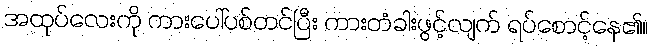
အထုပ်လေးကို ကားပေါ်ပစ်တင်ပြီး ကားတံခါးဖွင့်လျက် ရပ်စောင့်နေ၏။